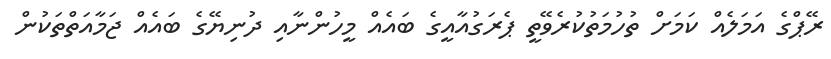
ރޭޕްގެ އަމަލެއް ކަމަށް ތުހުމަތުކުރެވޭތީ ޕެރަގުއާއީގެ ބައެއް މީހުންނާއި ދުނިޔޭގެ ބައެއް ޖަމާއަތްތަކުން